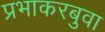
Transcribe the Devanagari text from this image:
प्रभाकरबुवा